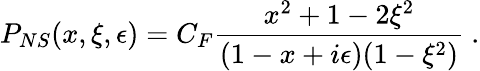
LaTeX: P_{NS}(x,\xi,\epsilon)=C_{F}{\frac{x^{2}+1-2\xi^{2}}{(1-x+i\epsilon)(1-\xi^{2})}}\ .